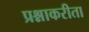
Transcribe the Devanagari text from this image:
प्रश्नाकरीता